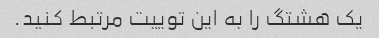
یک هشتگ را به این توییت مرتبط کنید.